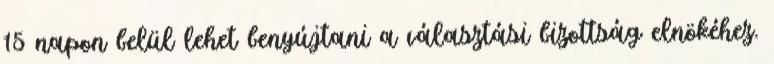
15 napon belül lehet benyújtani a választási bizottság elnökéhez.